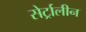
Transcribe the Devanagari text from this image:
सेर्ट्रालीन